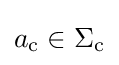
a_{\text{c}}\in \Sigma _{\text{c}}